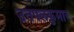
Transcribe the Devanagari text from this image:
उतपलकुमार